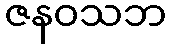
ဇနဝသဘ